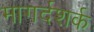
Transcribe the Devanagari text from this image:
मागर्दशर्क